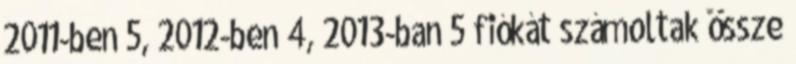
2011-ben 5, 2012-ben 4, 2013-ban 5 fiókát számoltak össze